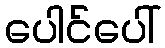
ပေါင်ပေါ်